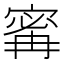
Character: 寗